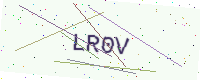
Text: LR0V